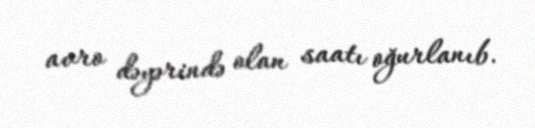
avro dəyərində olan saatı oğurlanıb.